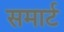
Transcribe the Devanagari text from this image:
समार्ट